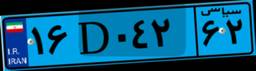
۳۳D۹۷۲۳۸